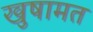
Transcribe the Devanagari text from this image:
खुषामत